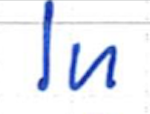
Text: In
Cross-out: clean
Writing tool: ballpoint